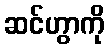
ဆင်ဟွာကို